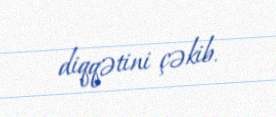
diqqətini çəkib.